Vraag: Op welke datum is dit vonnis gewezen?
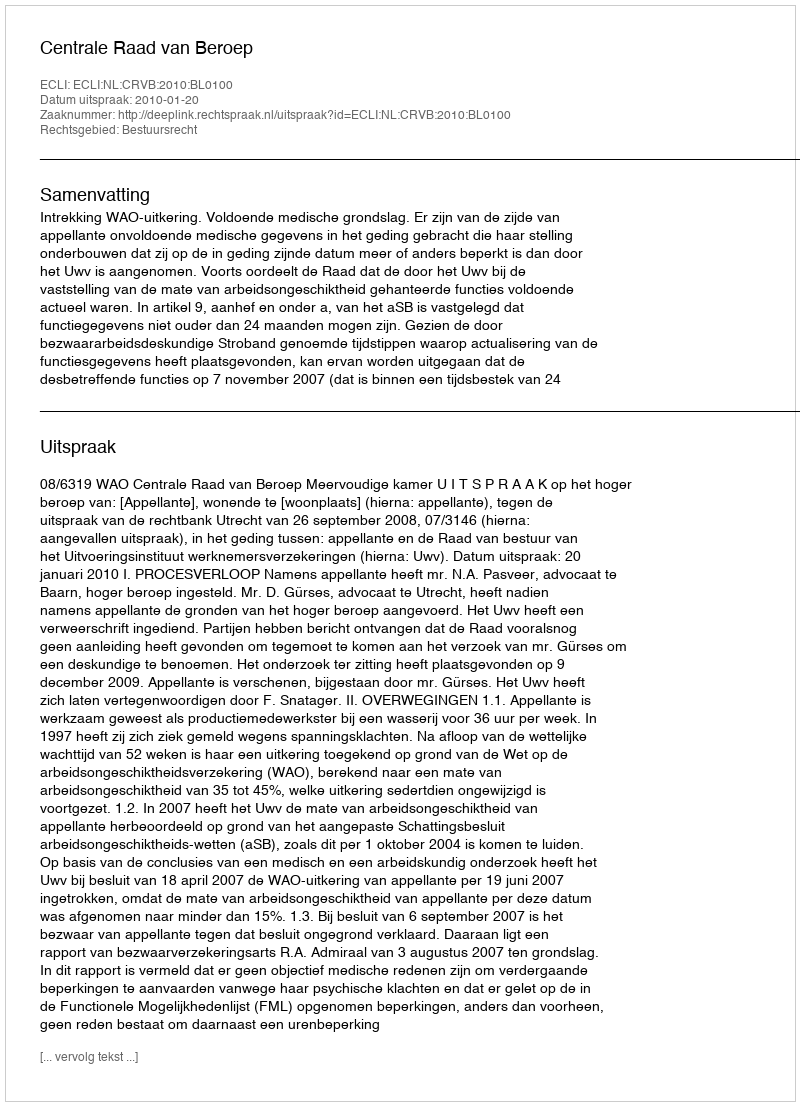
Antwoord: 2010-01-20